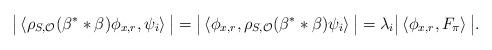
LaTeX: \begin{align*}\big|\left<\rho_{S,\mathcal{O}}(\beta^* * \beta)\phi_{x,r},\psi_i\right>\big|=\big|\left<\phi_{x,r}, \rho_{S,\mathcal{O}}(\beta^* *\beta)\psi_i\right>\big|=\lambda_i \big|\left<\phi_{x,r}, F_\pi\right>\big|.\end{align*}